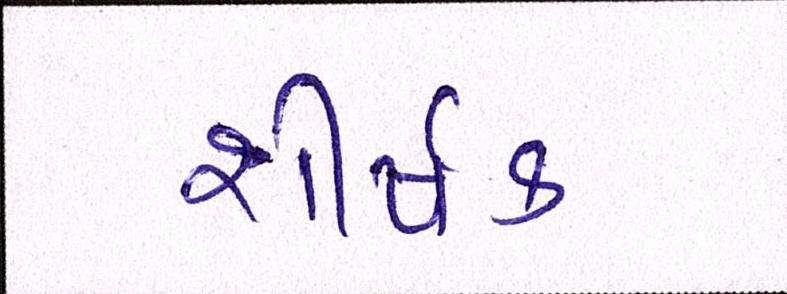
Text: શીર્ષક